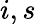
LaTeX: i,s